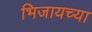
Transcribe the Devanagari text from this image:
भिजायच्या